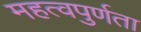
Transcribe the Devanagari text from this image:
महत्वपुर्णता